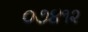
૦૭૪૧૨